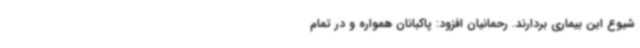
شیوع این بیماری بردارند. رحمانیان افزود: پاکبانان همواره و در تمام